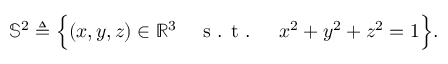
\mathbb { S } ^ { 2 } \triangleq \Big \{ ( x , y , z ) \in \mathbb { R } ^ { 3 } \quad \textnormal { s . t . } \quad x ^ { 2 } + y ^ { 2 } + z ^ { 2 } = 1 \Big \} .